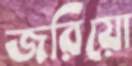
জরিয়ো